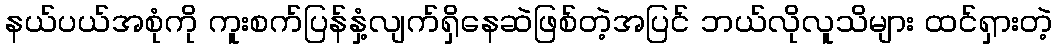
နယ်ပယ်အစုံကို ကူးစက်ပြန်နှံ့လျက်ရှိနေဆဲဖြစ်တဲ့အပြင် ဘယ်လိုလူသိများ ထင်ရှားတဲ့